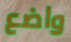
واضع